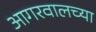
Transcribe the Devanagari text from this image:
आगरवालच्या